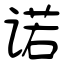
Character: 诺